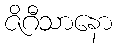
ဇိဂီသာနော